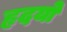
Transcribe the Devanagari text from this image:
हृदयो